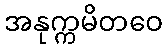
အနုက္ကမိတဝေ